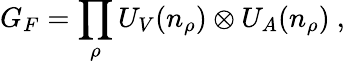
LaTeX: G_{F}=\prod_{\rho}U_{V}(n_{\rho})\otimes U_{A}(n_{\rho})\ ,